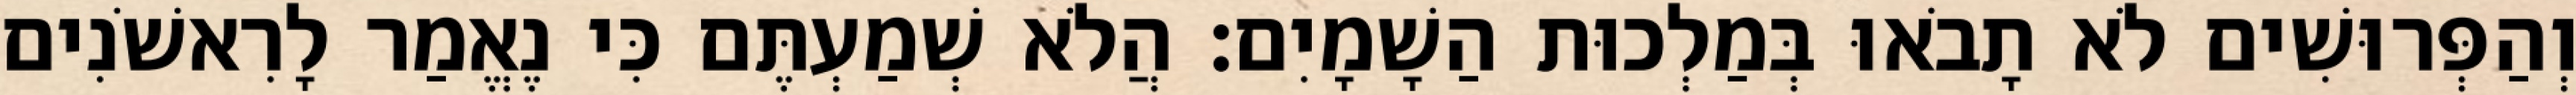
וְהַפְּרוּשִׁים לֹא תָבֹאוּ בְּמַלְכוּת הַשָׁמָיִם׃ הֲלֹא שְׁמַעְתֶּם כִּי נֶאֱמַר לָרִאשֹׁנִים